Indian journal of veterinary science and animal husbandry - Volume 3,
Year: 1933
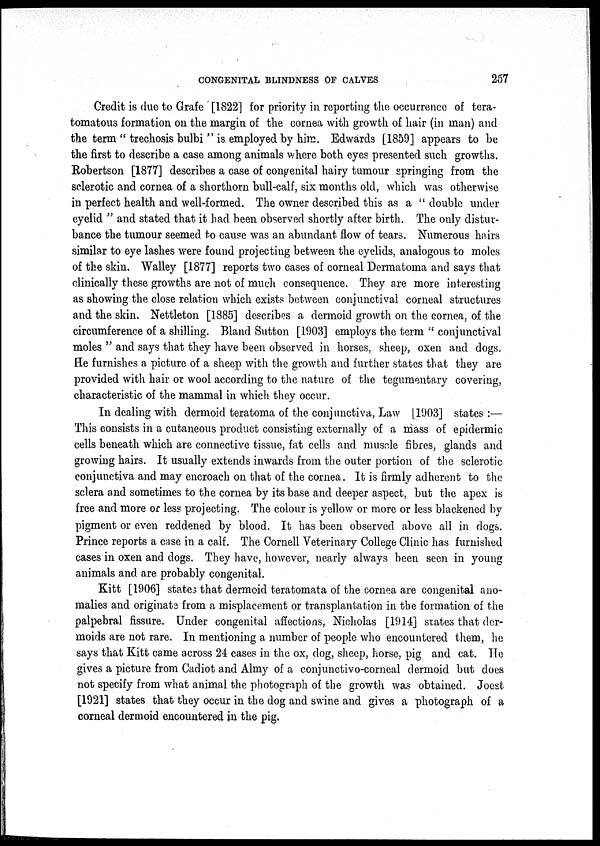
CONGENITAL BLINDNESS OF CALVES
257
Credit is due to Grafe [1822] for priority in reporting the occurrence of tera-
tomatous formation on the margin of the cornea with growth of hair (in man) and
the term " trechosis bulbi " is employed by him. Edwards [1859] appears to be
the first to describe a case among animals where both eyes presented such growths.
Robertson [1877] describes a case of congenital hairy tumour springing from the
sclerotic and cornea of a shorthorn bull-calf, six months old, which was otherwise
in perfect health and well-formed. The owner described this as a " double under
eyelid " and stated that it had been observed shortly after birth. The only distur-
bance the tumour seemed to cause was an abundant flow of tears. Numerous hairs
similar to eye lashes were found projecting between the eyelids, analogous to moles
of the skin. Walley [1877] reports two cases of corneal Dermatoma and says that
clinically these growths are not of much consequence. They are more interesting
as showing the close relation which exists between conjunctival corneal structures
and the skin. Nettleton [1885] describes a dermoid growth on the cornea, of the
circumference of a shilling. Bland Sutton [1903] employs the term " conjunctival
moles " and says that they have been observed in horses, sheep, oxen and dogs.
He furnishes a picture of a sheep with the growth and further states that they are
provided with hair or wool according to the nature of the tegumentary covering,
characteristic of the mammal in which, they occur.
In dealing with dermoid teratoma of the conjunctiva, Law [1903] states :—
This consists in a cutaneous product consisting externally of a mass of epidermic
cells beneath which are connective tissue, fat cells and muscle fibres, glands and
growing hairs. It usually extends inwards from the outer portion of the sclerotic
conjunctiva and may encroach on that of the cornea. It is firmly adherent to the
sclera and sometimes to the cornea by its base and deeper aspect, but the apex is
free and more or less projecting. The colour is yellow or more or less blackened by
pigment or even reddened by blood. It has been observed above all in dogs.
Prince reports a case in a calf. The Cornell Veterinary College Clinic has furnished
cases in oxen and dogs. They have, however, nearly always been seen in young
animals and are probably congenital.
Kitt [1906] states that dermoid teratomata of the cornea are congenital ano-
malies and originate from a misplacement or transplantation in the formation of the
palpebral fissure. Under congenital affections, Nicholas [1914] states that der-
moids are not rare. In mentioning a number of people who encountered them, he
says that Kitt came across 24 cases in the ox, dog, sheep, horse, pig and cat. He
gives a picture from Cadiot and Almy of a conjunctivo-corneal dermoid but does
not specify from what animal the photograph of the growth was obtained. Joest
[1921] states that they occur in the dog and swine and gives a photograph of a
corneal dermoid encountered in the pig.